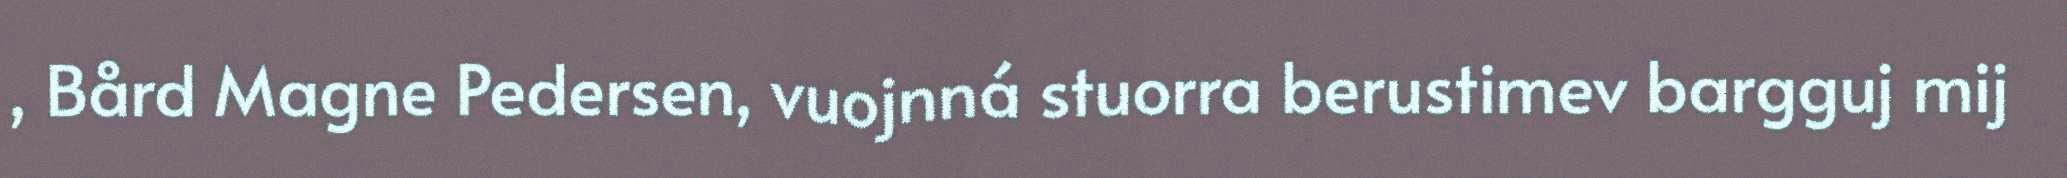
, Bård Magne Pedersen, vuojnná stuorra berustimev bargguj mij